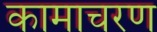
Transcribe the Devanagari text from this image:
कामाचरण